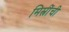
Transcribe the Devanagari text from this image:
मिस्त्रींची